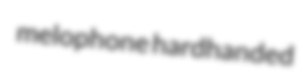
melophone hardhanded